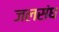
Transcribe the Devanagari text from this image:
जलसंघ